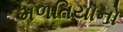
મળતિયાનો